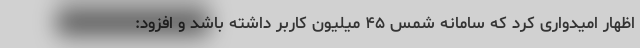
اظهار امیدواری کرد که سامانه شمس ۴۵ میلیون کاربر داشته باشد و افزود: